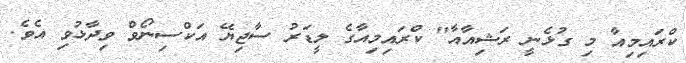
ކްރައިމިއާ މި ގުޅެނީ ރަޝިއާއާ" ކްރައިމިއާގެ ލީޑަރު ސާޖިޔޭ އަކްސިނޯވް ވިދާޅުވި އެވެ.